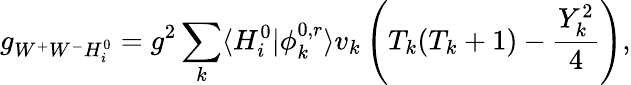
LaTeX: g_{W^{+}W^{-}H_{i}^{0}}=g^{2}\sum_{k}\langle H_{i}^{0}|\phi_{k}^{0,r}\rangle v_{k}\left(T_{k}(T_{k}+1)-\frac{Y_{k}^{2}}{4}\right),